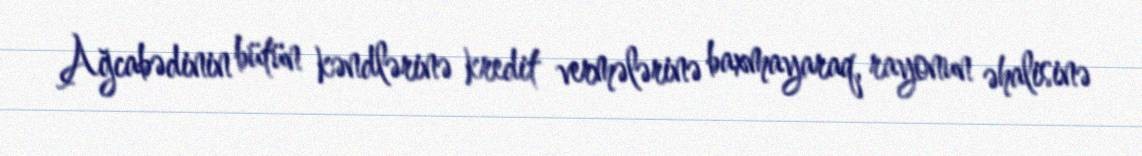
Ağcabədinin bütün kəndlərinə kredit vermələrinə baxmayaraq, rayonun əhalisinə